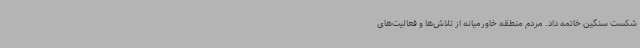
شکست سنگین خاتمه داد. مردم منطقه خاورمیانه از تلاش‌ها و فعالیت‌های